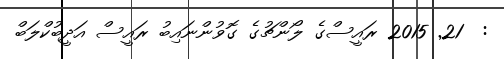
:  21